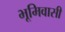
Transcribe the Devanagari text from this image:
भूमिवासी